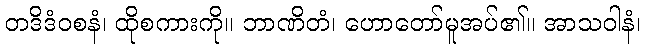
တဒိဒံဝစနံ၊ ထိုစကားကို။ ဘာဏိတံ၊ ဟောတော်မူအပ်၏။ အာသဝါနံ၊